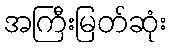
အကြီးမြတ်ဆုံး